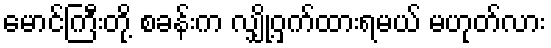
မောင်ကြီးတို့ စခန်းက လျှို့ဝှက်ထားရမယ် မဟုတ်လား